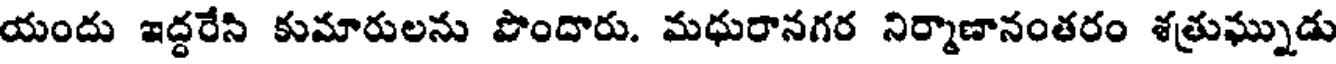
యందు ఇద్దరేసి కుమారులను పొందారు. మధురానగర నిర్మాణానంతరం శత్రుఘ్నుడు